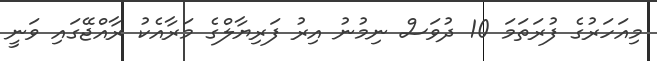
މިއަހަރުގެ ފުރަތަމަ 10 ދުވަސް ނިމުނު އިރު ފަރިޔާލްގެ މަރާއެކު ރާއްޖޭގައި ވަނީ